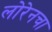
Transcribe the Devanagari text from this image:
लोरेनचा